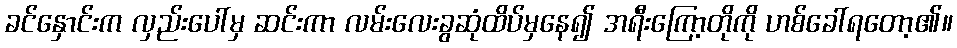
ခင်နှောင်းက လှည်းပေါ်မှ ဆင်းကာ လမ်းလေးခွဆုံထိပ်မှနေ၍ အရီးကြော့တိုကို ဟစ်ခေါ်ရတော့၏။